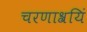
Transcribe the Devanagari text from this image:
चरणाश्रयिं